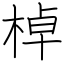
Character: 棹